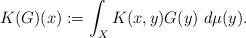
\begin{align*} K(G)(x):= \int_X K(x,y)G(y)~d\mu(y).\end{align*}